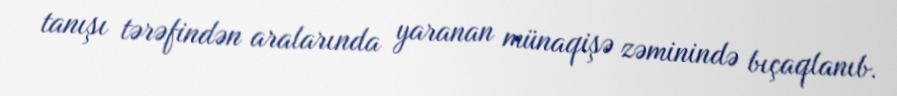
tanışı tərəfindən aralarında yaranan münaqişə zəminində bıçaqlanıb.